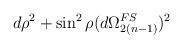
LaTeX: \begin{align*}d\rho^2 + \sin^2 \rho (d \Omega_{2(n-1)}^{FS})^2\end{align*}